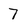
Character: 7